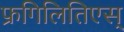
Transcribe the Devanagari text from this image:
फ्रगिलितिएस्